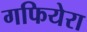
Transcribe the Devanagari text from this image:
गफियेरा